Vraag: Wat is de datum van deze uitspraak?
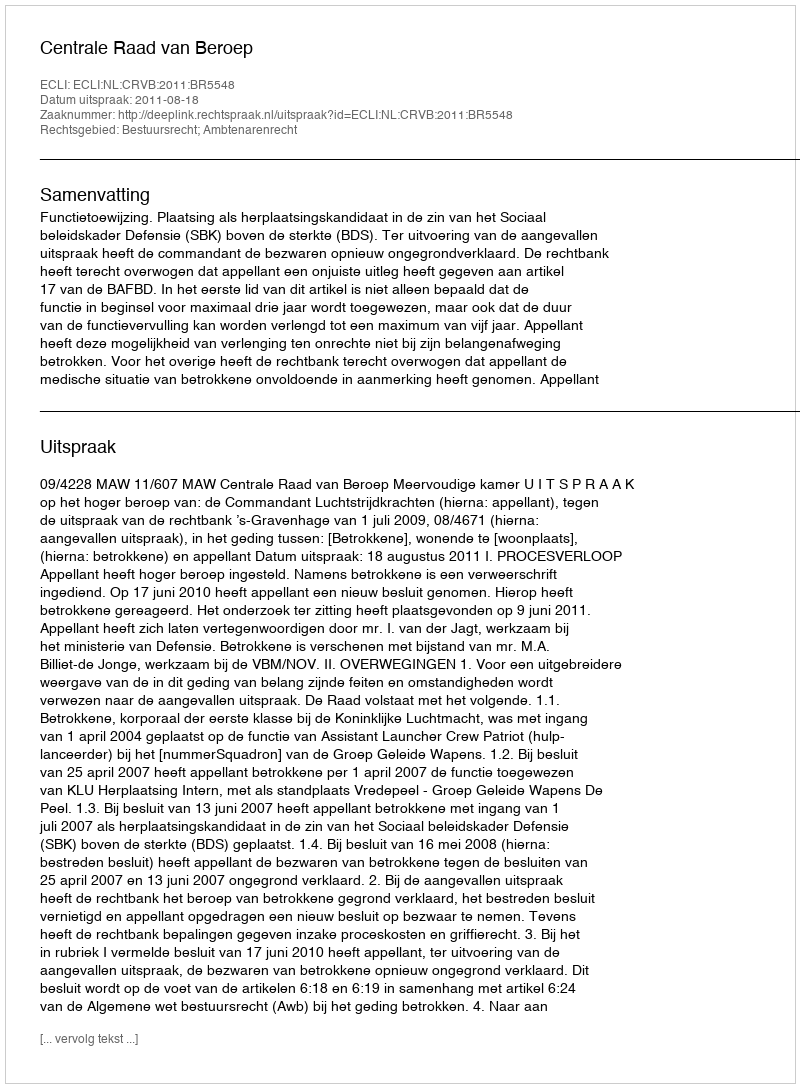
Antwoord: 2011-08-18